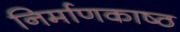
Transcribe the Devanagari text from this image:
निर्माणकाष्ठ